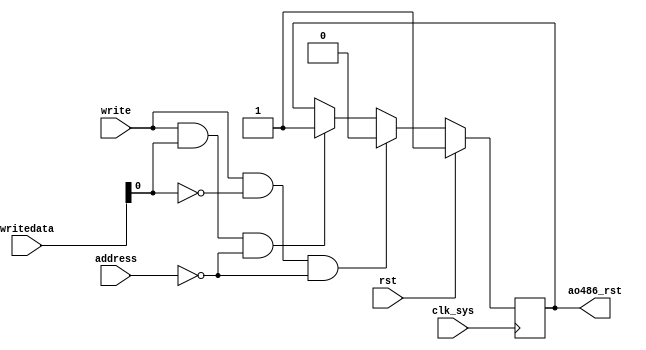
module ao486_rst_controller
  (
   input wire        clk_sys,
   input wire        rst,
   output reg        ao486_rst,

   input wire [1:0]  address,
   input wire        write,
   input wire [31:0] writedata
   );

    always @(posedge clk_sys) begin
        if(rst) begin
            ao486_rst <= 1;
        end else begin
            if(write && writedata[0] == 1'b0 && address == 4'b0000)
              ao486_rst <= 0;
            else if(write && writedata[0] == 1'b1 && address == 4'b0000)
              ao486_rst <= 1;
        end
    end
endmodule